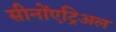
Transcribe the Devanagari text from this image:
सीनोंएट्रिअल